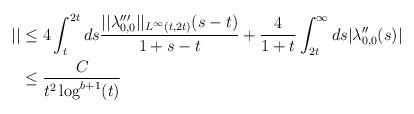
LaTeX: \begin{align*}|| &\leq 4 \int_{t}^{2t} ds \frac{||\lambda_{0,0}'''||_{L^{\infty}(t,2t)}(s-t)}{1+s-t} + \frac{4}{1+t}\int_{2t}^{\infty} ds |\lambda_{0,0}''(s)|\\&\leq \frac{C}{t^{2}\log^{b+1}(t)}\end{align*}